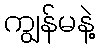
ကျွန်မနဲ့